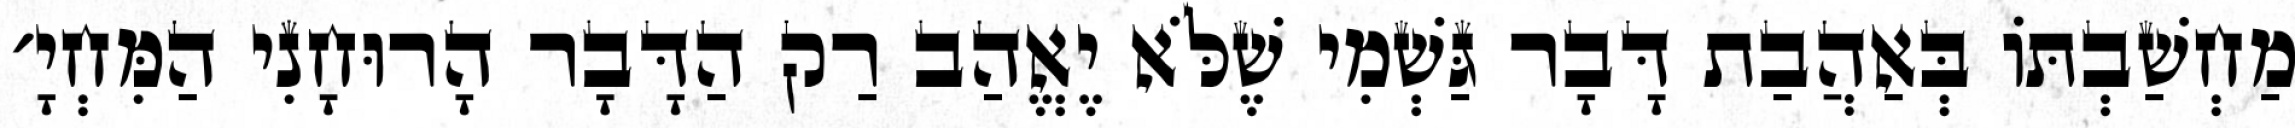
מַחְשַׁבְתּוֹ בְּאַהֲבַת דָּבָר גַּשְׁמִי שֶׁלֹּא יֶאֱהַב רַק הַדָּבָר הָרוּחָנִי הַמִּחְיָ׳